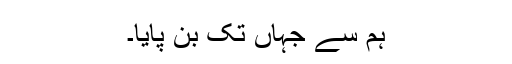
ہم سے جہاں تک بن پایا۔